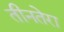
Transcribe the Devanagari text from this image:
तीनतेरा